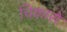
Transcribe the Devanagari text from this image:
चिकारो